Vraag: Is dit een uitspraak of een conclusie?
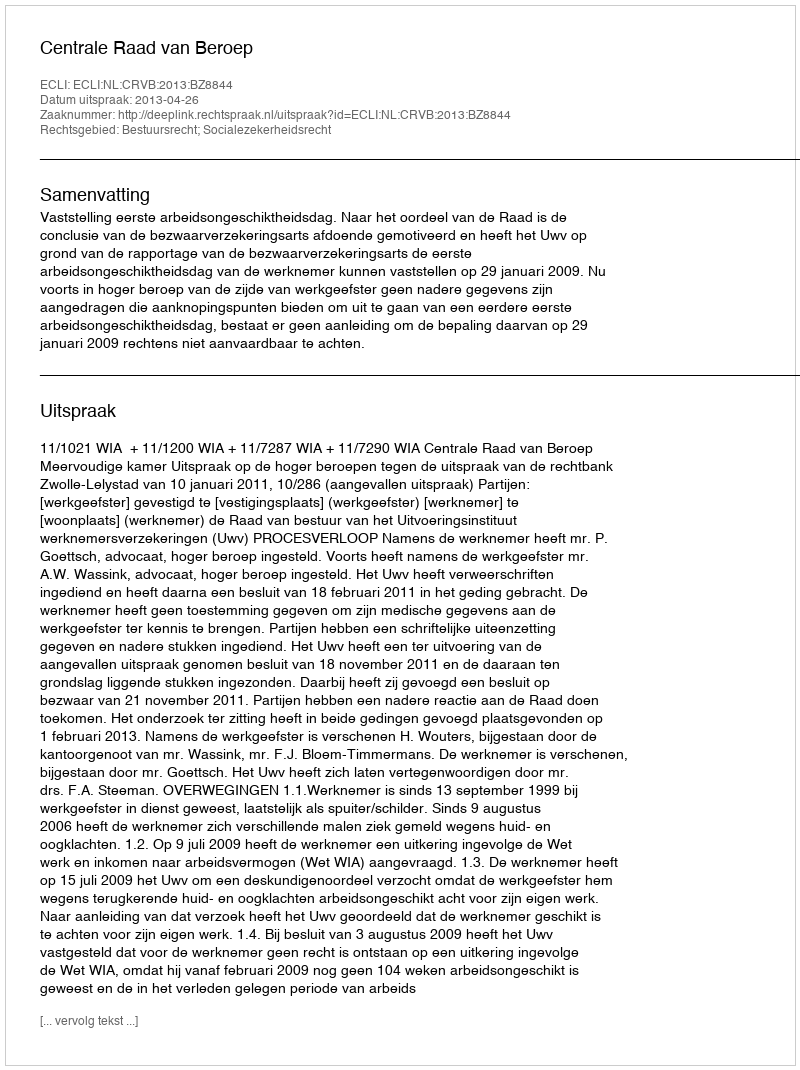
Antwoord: Uitspraak